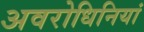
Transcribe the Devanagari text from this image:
अवरोधिनियां